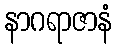
နာဂရာဇာနံ